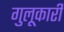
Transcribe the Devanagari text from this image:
गुलूकारी